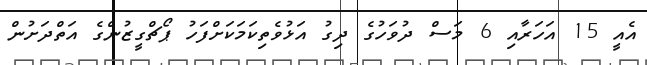
އެއީ 15 އަހަރާއި 6 މަސް ދުވަހުގެ ދިގު އަޅުވެތިކަމަކަށްފަހު ޕޯޗްގީޒުންގެ އަތްދަށުން